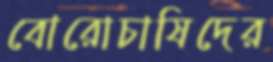
বোরোচাষিদের